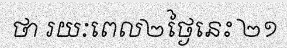
ថា រយៈពេល២ថ្ងៃនេះ ២១